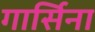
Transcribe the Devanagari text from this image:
गार्सिना